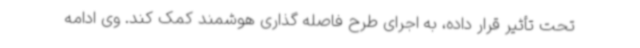
تحت تأثیر قرار داده، به اجرای طرح فاصله گذاری هوشمند کمک کند. وی ادامه